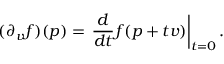
( \partial _ { v } f ) ( p ) = \left. { \frac { d } { d t } } f ( p + t v ) \right| _ { t = 0 } .